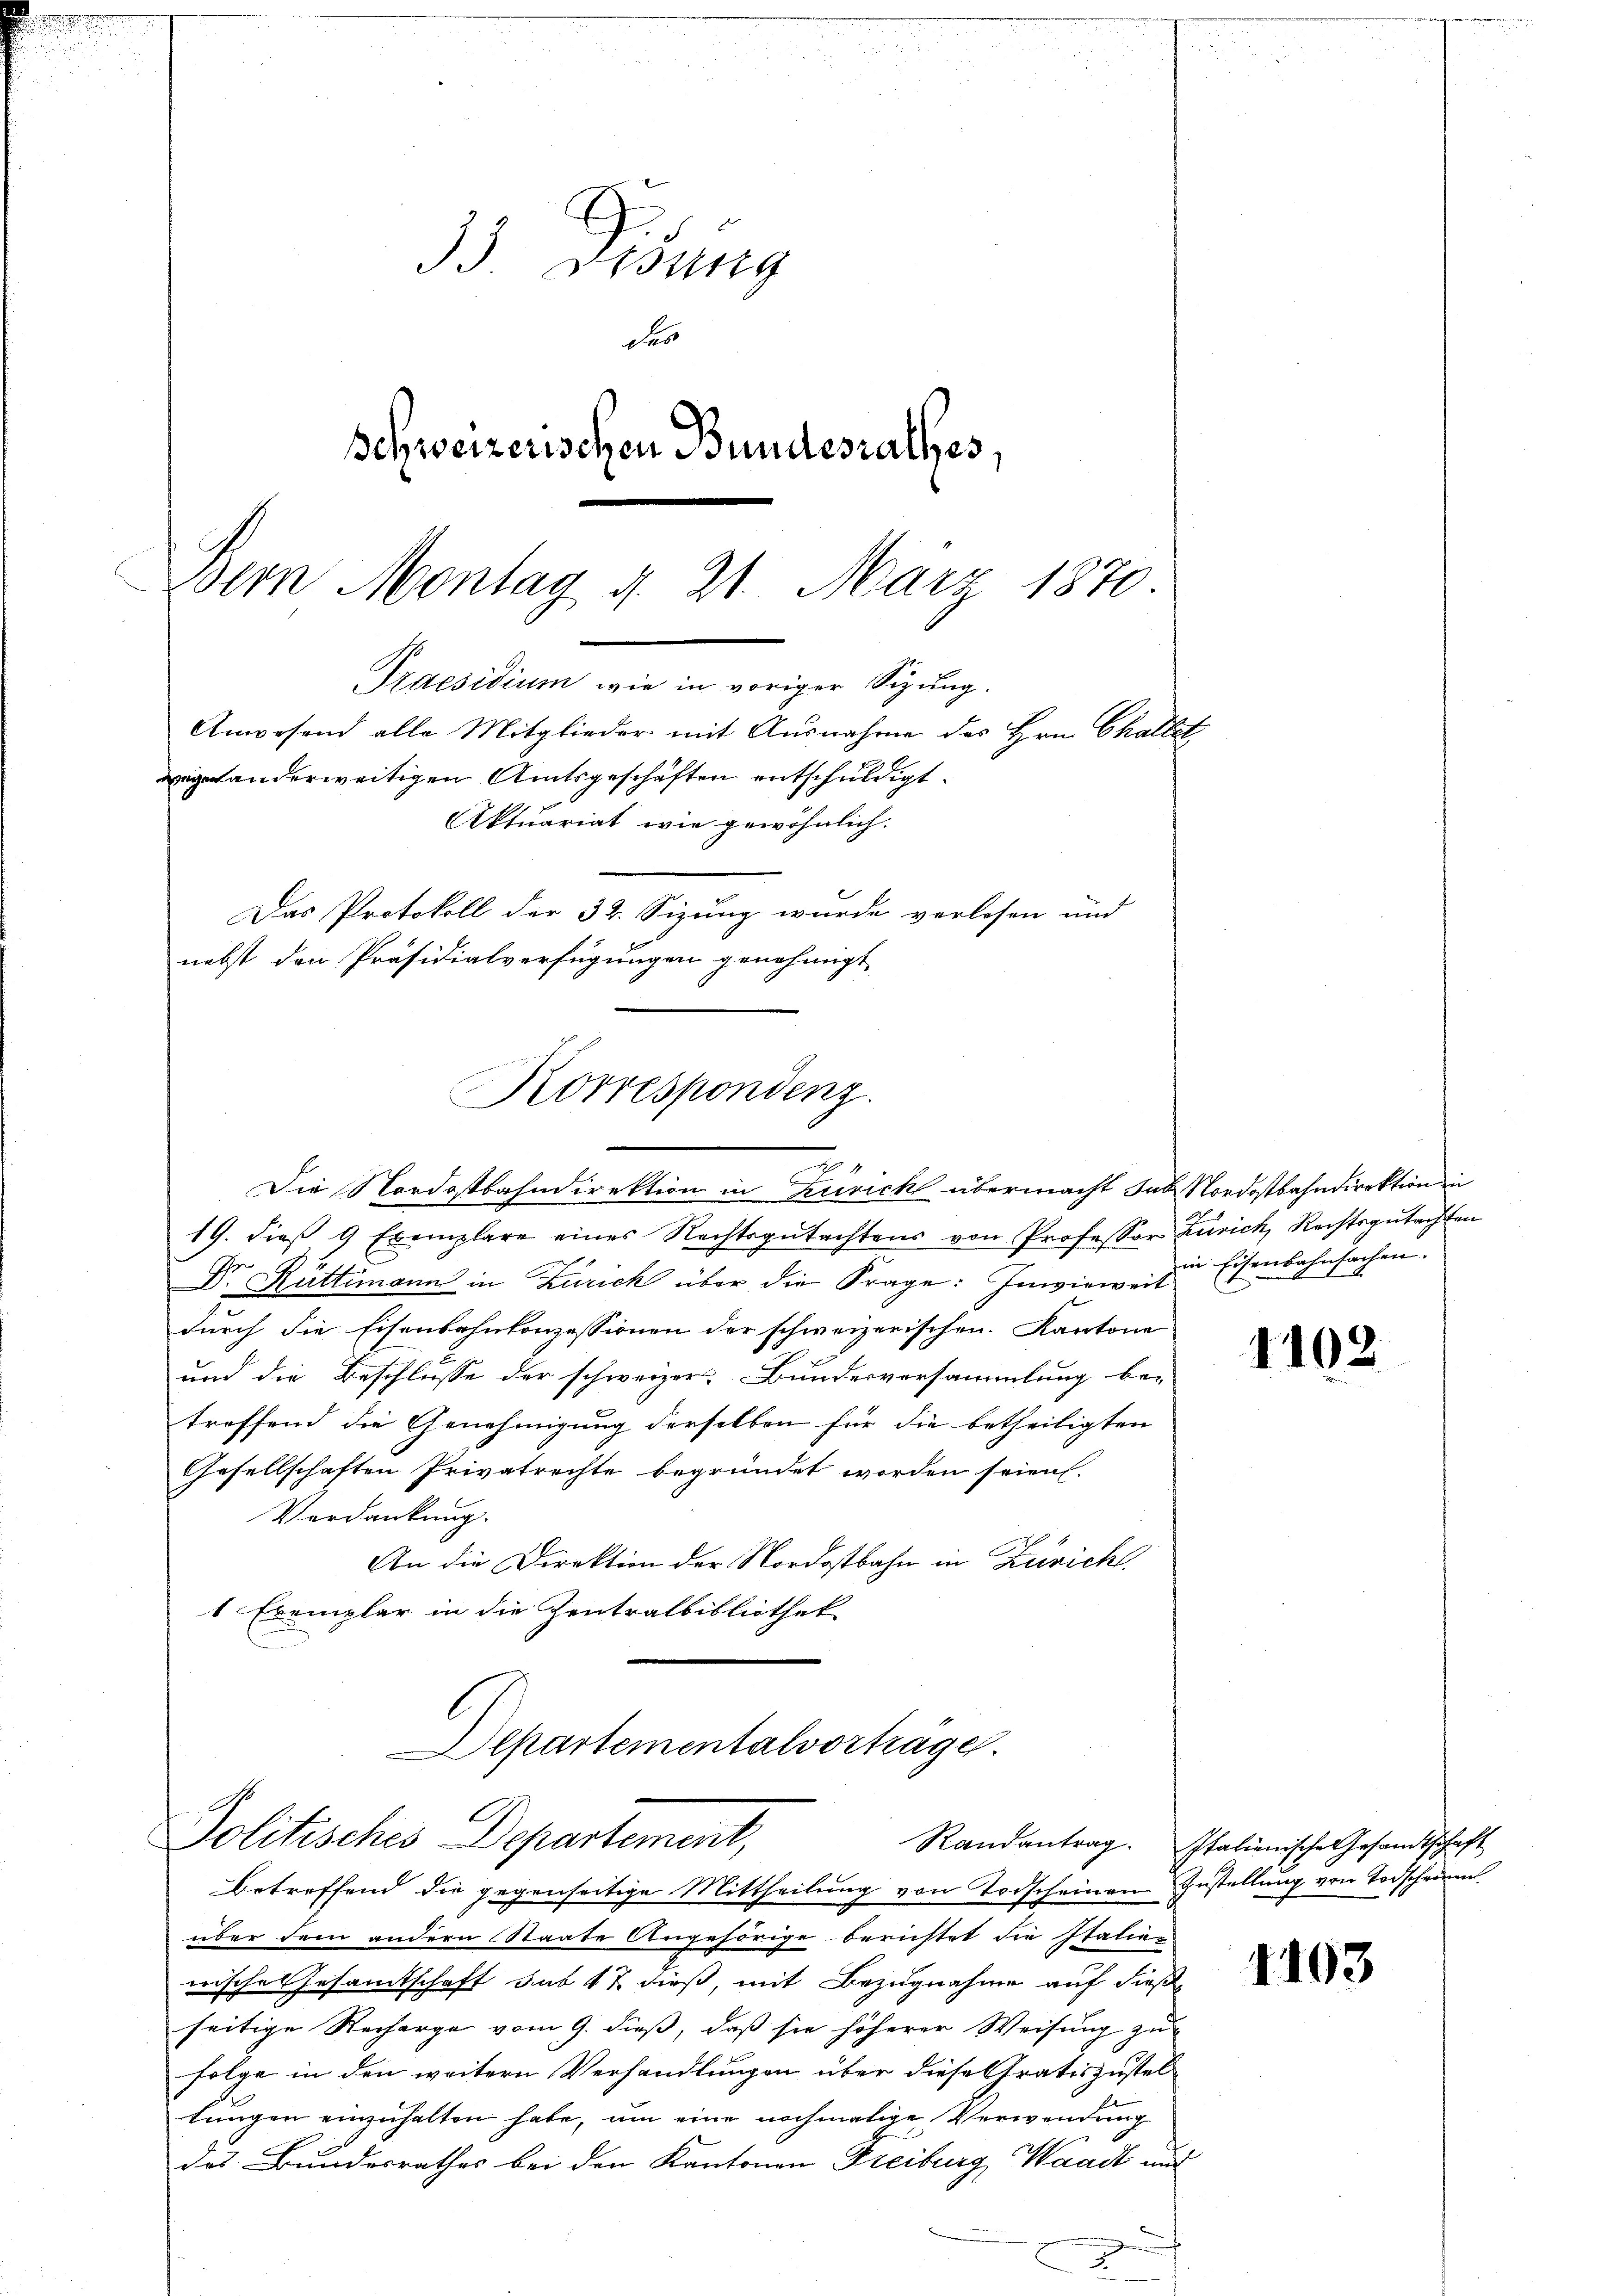
33) Disung
des
schweizerischen Bundesrathes,
Bern Montag d. 21. März 1870.
Praesidium wie in voriger Sizung.
Anwesend alle Mitglieder mit Ausnahme des Hrn. Challet
vegetanderweitigen Amtsgeschäften entschuldigt.
Aktuariat wie gewöhnlich.
Das Protokoll der 32. Sizung wurde verlesen und
nebst den Präsidialverfügungen genehmigt

Korrespondenz.
6
.
Die Nordostbahndirektion in Zürich übermacht das Nordostbahndirektion in

19. dieβ 9 Exemplare eines Rechtsgutachtens von Professor Zürich, Rechtsgutachten
Dr. Rüttimann in Zürich über die Frage: Inwieweit
durch die Eisenbahnkonzessionen der schweizerischen Kantone
und die Beschlusse der schweizer Bundesversammlung be-
troffend die Genehmigung derselben für die betheiligten
Gesellschaften Privatrechte begründet worden seien.
Verdankung.
An die Direktion der Nordostbahn in Zürich,
1 Exemplar in die Zentralbibliothek-

Departementalvorträge.
Politisches Departement,
Randantrag.
betreffend die gegenseitige Mittheilung von Todscheinen Zustellung von Todscheinen

über dem andern Staate Angehörige berichtet die Italier
wisches Gesamtschaft sub 17 dieß, mit Bezugnahme auf dießseitige Recharge vom 9. dieß, daß sie höherer Weisung zu
folge in den weitern Verhandlungen über diese Gratis zustellungen einzuhalten habe, um eine nochmalige Verwendung
des Bundesrathes bei den Kantonen Freiburg Waadt und

in Eisenbahnfachen.

1102

Italienische Gesamtschaft

1103